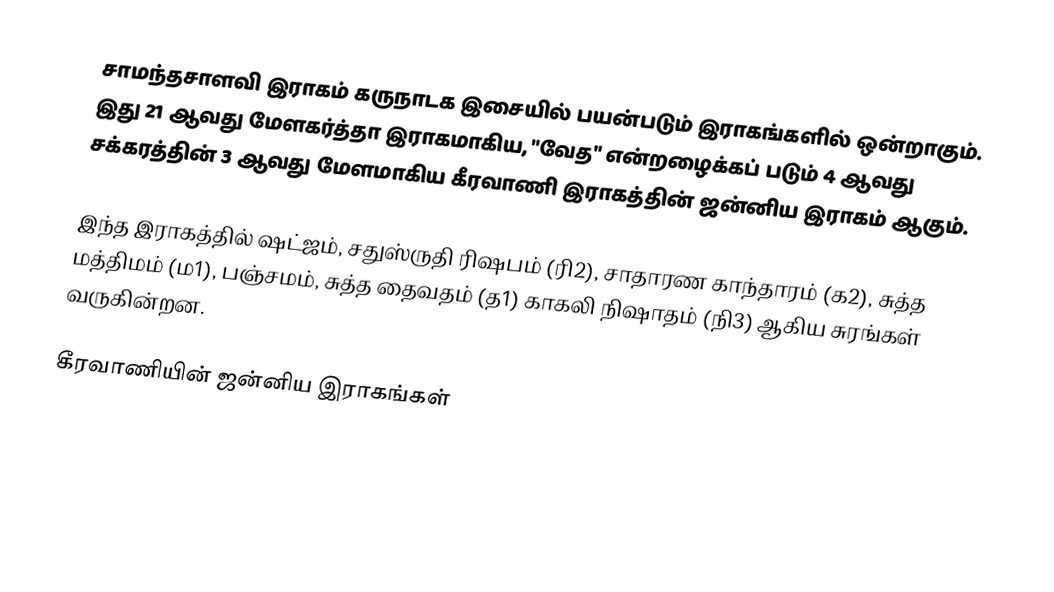
சாமந்தசாளவி இராகம் கருநாடக இசையில் பயன்படும் இராகங்களில் ஒன்றாகும். இது 21 ஆவது மேளகர்த்தா இராகமாகிய, "வேத" என்றழைக்கப் படும் 4 ஆவது சக்கரத்தின் 3 ஆவது மேளமாகிய கீரவாணி இராகத்தின் ஜன்னிய இராகம் ஆகும்.

இந்த இராகத்தில் ஷட்ஜம், சதுஸ்ருதி ரிஷபம் (ரி2),  சாதாரண காந்தாரம் (க2), சுத்த மத்திமம் (ம1), பஞ்சமம்,  சுத்த தைவதம் (த1) காகலி நிஷாதம்  (நி3) ஆகிய சுரங்கள் வருகின்றன.

கீரவாணியின் ஜன்னிய இராகங்கள்